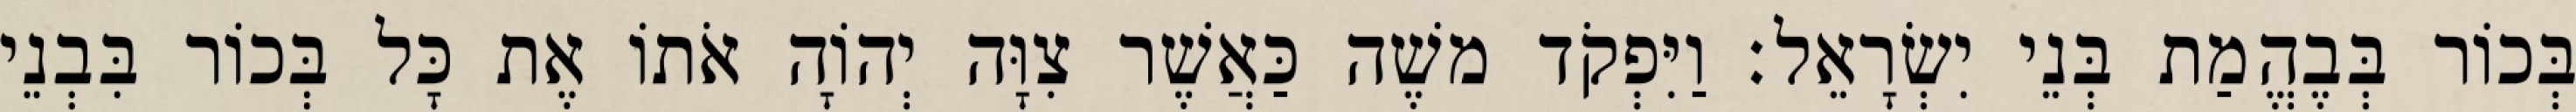
בְּכוֹר בְּבֶהֱמַת בְּנֵי יִשְׂרָאֵל׃ וַיִּפְקֹד משֶׁה כַּאֲשֶׁר צִוָּה יְהוָֹה אֹתוֹ אֶת כָּל בְּכוֹר בִּבְנֵי